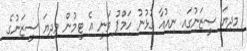
މިދިޔަ ސީޒަނުގައި ނިއުއާ ގުޅުނު ހަމްޕު ވަނީ އެ ޓީމުން މިދިޔަ ސީޒަނުގެ